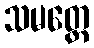
သမတ္တေ